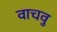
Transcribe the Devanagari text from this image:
वाचवु